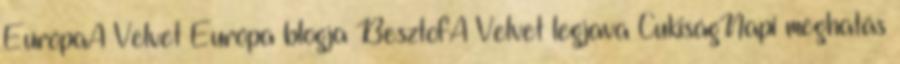
EurópaA Velvet Európa blogja BesztofA Velvet legjava CukiságNapi meghatás